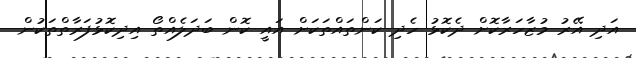
އަދި އޭރު މުޒާހަރާކޮށް ދެކޮޅު ހެދި ކަންތައްތަކަށް އައީ ކޮން ބަދަލެއްތޯ އިދިކޮޅުފަރާތްތަކުން